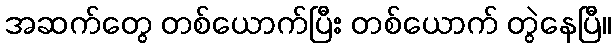
အဆက်တွေ တစ်ယောက်ပြီး တစ်ယောက် တွဲနေပြီ။